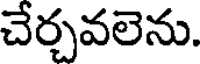
చేర్చవలెను.